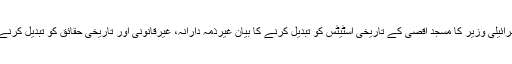
بیان میں کہا گیا ہے کہ اسرائیلی وزیر کا مسجد اقصیٰ کے تاریخی اسٹیٹس کو تبدیل کرنے کا بیان غیرذمہ دارانہ، غیرقانونی اور تاریخی حقائق کو تبدیل کرنے کی مجرمانہ کوشش ہے۔